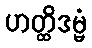
ဟတ္ထိဒမ္မံ